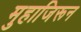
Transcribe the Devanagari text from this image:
मुहाजिरून